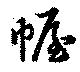
幄